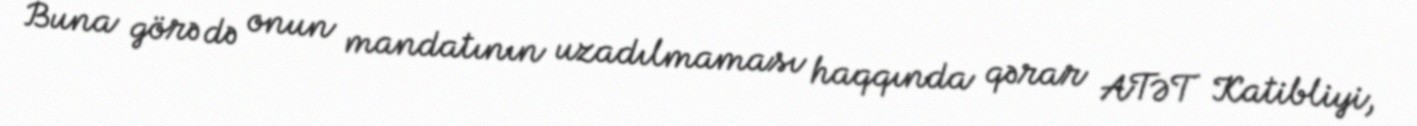
Buna görə də onun mandatının uzadılmaması haqqında qərar ATƏT Katibliyi,